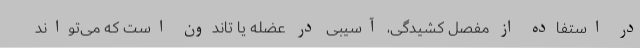
در استفاده از مفصل کشیدگی، آسیبی در عضله یا تاندون است که می‌تواند